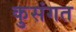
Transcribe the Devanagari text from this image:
कुसंगत